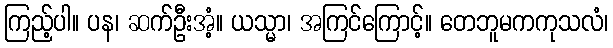
ကြည့်ပါ။ ပန၊ ဆက်ဦးအံ့။ ယသ္မာ၊ အကြင်ကြောင့်။ တေဘူမကကုသလံ၊